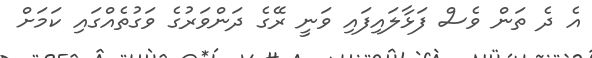
އެ ދެ ތަން ވެސް ފަޅާލައިފައި ވަނީ ރޭގެ ދަންވަރުގެ ވަގުތެއްގައި ކަމަށް